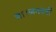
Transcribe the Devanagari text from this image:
था।जनवरी